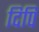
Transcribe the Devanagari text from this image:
दिपि